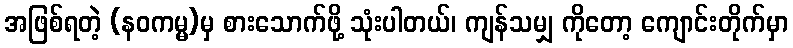
အဖြစ်ရတဲ့ (နဝကမ္မ)မှ စားသောက်ဖို့ သုံးပါတယ်၊ ကျန်သမျှ ကိုတော့ ကျောင်းတိုက်မှာ